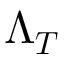
\boldsymbol { \Lambda _ { T } }